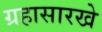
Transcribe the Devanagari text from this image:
ग्रहासारखे